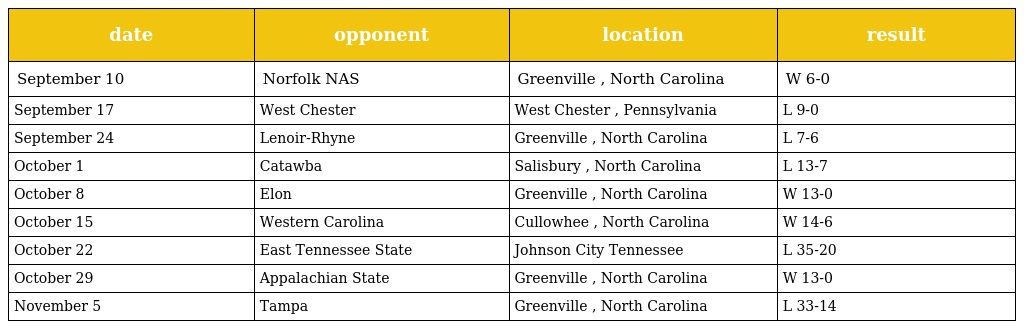
| date | opponent | location | result |
 | --- | --- | --- | --- |
 | September 10 | Norfolk NAS | Greenville , North Carolina | W 6-0 |
 | September 17 | West Chester | West Chester , Pennsylvania | L 9-0 |
 | September 24 | Lenoir-Rhyne | Greenville , North Carolina | L 7-6 |
 | October 1 | Catawba | Salisbury , North Carolina | L 13-7 |
 | October 8 | Elon | Greenville , North Carolina | W 13-0 |
 | October 15 | Western Carolina | Cullowhee , North Carolina | W 14-6 |
 | October 22 | East Tennessee State | Johnson City Tennessee | L 35-20 |
 | October 29 | Appalachian State | Greenville , North Carolina | W 13-0 |
 | November 5 | Tampa | Greenville , North Carolina | L 33-14 |